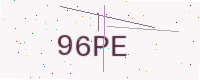
Text: 96PE